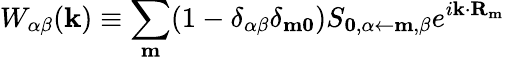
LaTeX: W_{\alpha\beta}(\mathbf{k})\equiv\sum_{\mathbf{m}}(1-\delta_{\alpha\beta}\delta_{\mathbf{m0}})S_{\mathbf{0},\alpha\leftarrow\mathbf{m},\beta}e^{i\mathbf{k}\cdot\mathbf{R_{m}}}